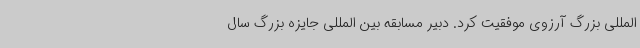
المللی بزرگ آرزوی موفقیت کرد. دبیر مسابقه بین المللی جایزه بزرگ سال